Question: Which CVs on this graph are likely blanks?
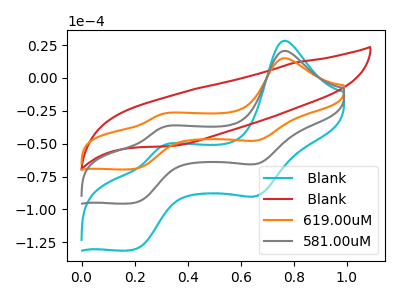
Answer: <think>The cyan curve " Blank" has anodic peaks at (0.75V, 41.35uA) (0.30V, -75.35uA) and cathodic peaks at (0.65V, -130.00uA) (0.20V, -190.00uA). The red curve " Blank" has no peaks. The orange curve "619.00uM" has anodic peaks at (0.75V, 15.05uA) (0.30V, -27.40uA) and cathodic peaks at (0.65V, -47.30uA) (0.20V, -69.15uA). The gray curve "581.00uM" has anodic peaks at (0.75V, 20.65uA) (0.30V, -37.65uA) and cathodic peaks at (0.65V, -65.00uA) (0.20V, -95.00uA).</think>
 <answer>" Blank" is likely to be a blank.</answer>
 <eval> Blank</eval>